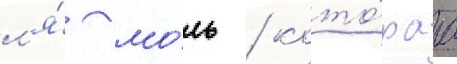
л'я́ мо́ль / кото́раа